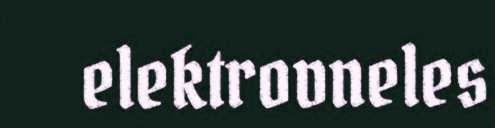
elektrovneles